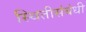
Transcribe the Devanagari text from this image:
स्थितीसंबंधी